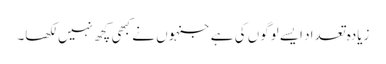
زیادہ تعداد ایسے لوگوں کی ہے جنہوں نے کبھی کچھ نہیں لکھا۔